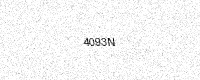
Text: 4093N